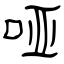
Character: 哑